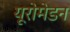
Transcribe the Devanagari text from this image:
यूरोमेडन